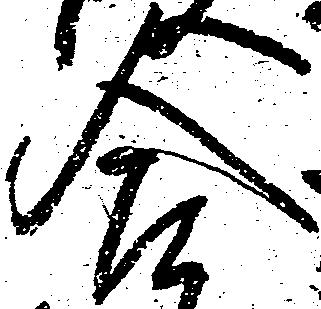
合